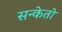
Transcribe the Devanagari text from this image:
सन्केतो